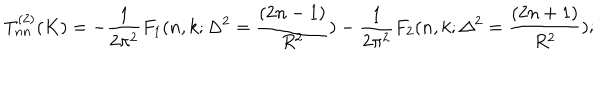
T _ { n n } ^ { ( 2 ) } ( K ) = - \frac { 1 } { 2 \pi ^ { 2 } } F _ { 1 } ( n , k ; \Delta ^ { 2 } = \frac { ( 2 n - 1 ) } { R ^ { 2 } } ) - \frac { 1 } { 2 \pi ^ { 2 } } F _ { 2 } ( n , k ; \Delta ^ { 2 } = \frac { ( 2 n + 1 ) } { R ^ { 2 } } ) ;